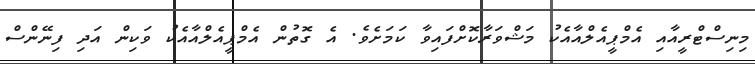
މިނިސްޓްރީއާއި އެމްޕީއެލްއާއެކު މަޝްވަރާކޮށްފައިވާ ކަމަށެވެ. އެ ގޮތުން އެމްޕީއެލްއާއެކު ވަކިން އަދި ފިނޭންސް